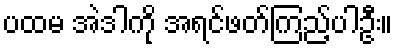
ပထမ အဲဒါကို အရင်ဖတ်ကြည့်ပါဦး။